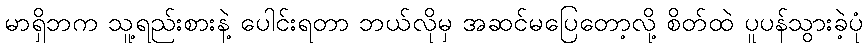
မာရှိဘက သူ့ရည်းစားနဲ့ ပေါင်းရတာ ဘယ်လိုမှ အဆင်မပြေတော့လို့ စိတ်ထဲ ပူပန်သွားခဲ့ပုံ